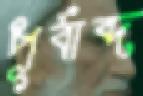
পূর্বাব্দ